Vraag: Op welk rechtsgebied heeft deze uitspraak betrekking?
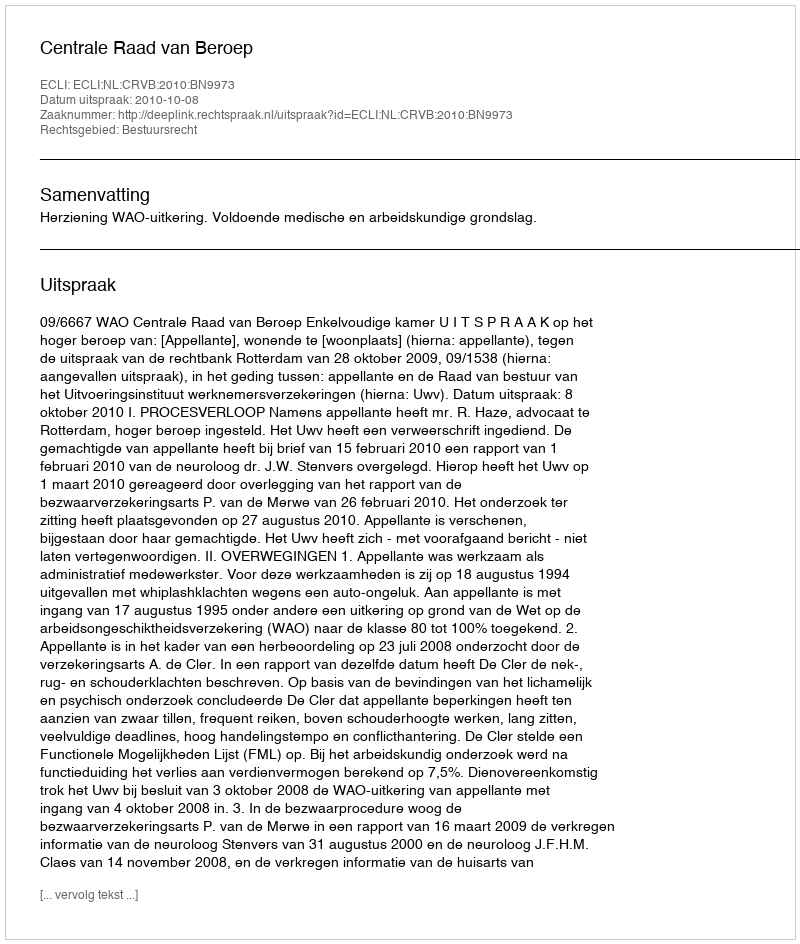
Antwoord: Bestuursrecht